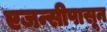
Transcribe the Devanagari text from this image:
एजन्सीपासून